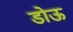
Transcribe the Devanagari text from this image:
डोऊ